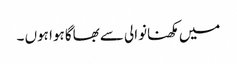
میں مکھنانوالی سے بھاگا ہوا ہوں ۔